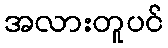
အလားတူပင်